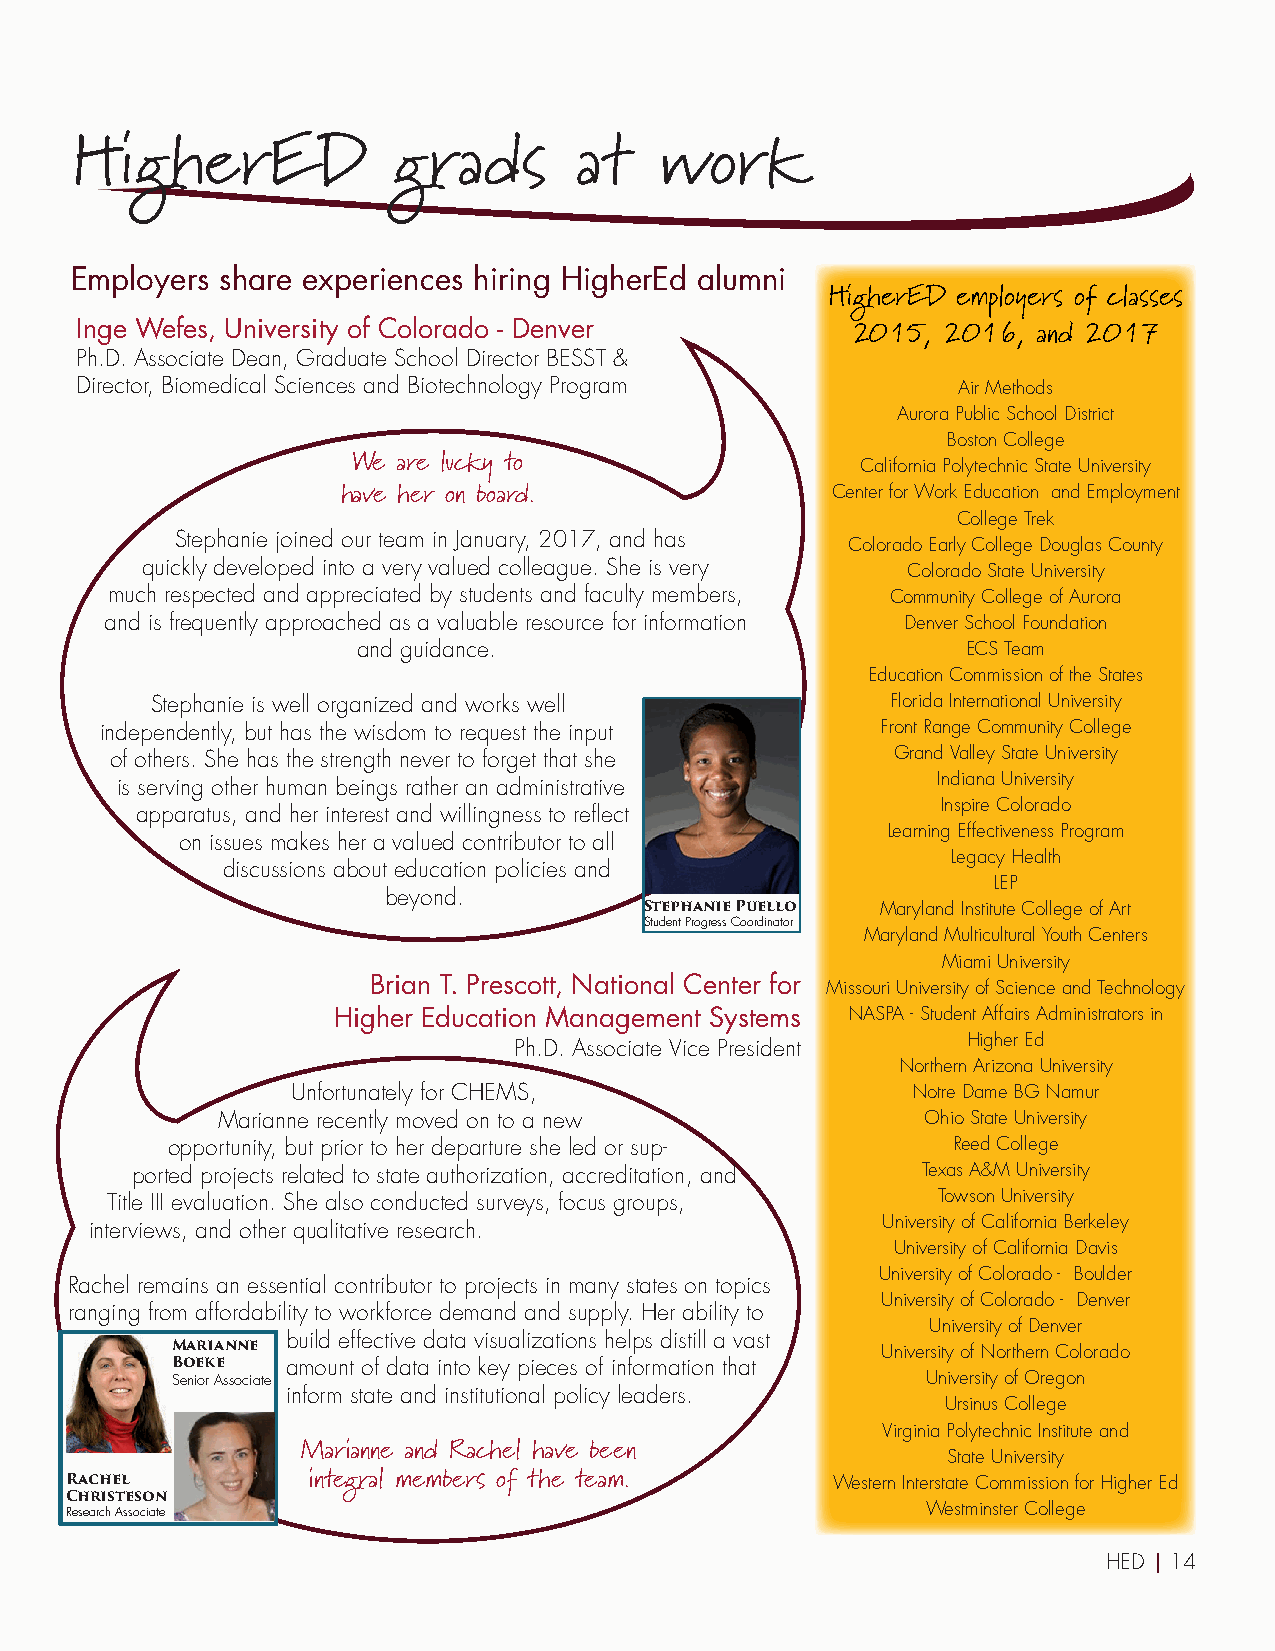
HigherED             grads       at    work
 Employers share experiences hiring HigherEd alumni
 HigherED employers of classes
 Inge Wefes, University of Colorado - Denver
 2015,  2016, and 2017
 Ph.D. Associate Dean, Graduate School Director BESST &
 Director, Biomedical Sciences and Biotechnology Program   Air Methods
 Aurora Public School District
 Boston College
 We are lucky to                   California Polytechnic State University
 have her on board.              Center for Work Education and Employment
 College Trek
 Stephanie joined our team in January, 2017, and has
 Colorado Early College Douglas County
 quickly developed into a very valued colleague. She is very Colorado State University
 much respected and appreciated by students and faculty members, Community College of Aurora
 and is frequently approached as a valuable resource for information Denver School Foundation
 and guidance.                           ECS Team
 Education Commission of the States
 Stephanie is well organized and works well       Florida International University
 independently, but has the wisdom to request the input Front Range Community College
 of others. She has the strength never to forget that she Grand Valley State University
 Indiana University
 is serving other human beings rather an administrative
 Inspire Colorado
 apparatus, and her interest and willingness to reflect
 Learning Effectiveness Program
 on issues makes her a valued contributor to all
 Legacy Health
 discussions about education policies and
 LEP
 beyond.
 Stephanie Puello Maryland Institute College of Art
 Student Progress Coordinator
 Maryland Multicultural Youth Centers
 Miami University
 Brian T. Prescott, National Center for Missouri University of Science and Technology
 Higher Education Management Systems NASPA - Student Affairs Administrators in
 Higher Ed
 Ph.D. Associate Vice President
 Northern Arizona University
 Unfortunately for CHEMS,                 Notre Dame BG Namur
 Marianne recently moved on to a new            Ohio State University
 opportunity, but prior to her departure she led or sup- Reed College
 ported projects related to state authorization, accreditation, and Texas A&M University
 Title III evaluation. She also conducted surveys, focus groups, Towson University
 University of California Berkeley
 interviews, and other qualitative research.
 University of California Davis
 University of Colorado - Boulder
 Rachel remains an essential contributor to projects in many states on topics
 University of Colorado - Denver
 ranging from affordability to workforce demand and supply. Her ability to
 University of Denver
 build effective data visualizations helps distill a vast
 Marianne                                       University of Northern Colorado
 Boeke   amount of data into key pieces of information that
 Senior Associate                                  University of Oregon
 inform state and institutional policy leaders.
 Ursinus College
 Virginia Polytechnic Institute and
 Marianne and Rachel have been              State University
 Rachel          integral members of the team.      Western Interstate Commission for Higher Ed
 Christeson
 Research Associate                                       Westminster College
 HED | 14